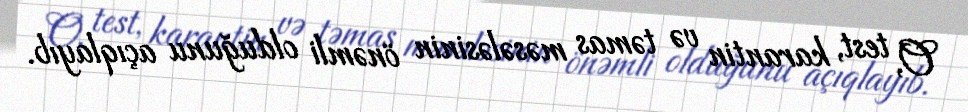
O, test, karantin və təmas məsələsinin önəmli olduğunu açıqlayıb.